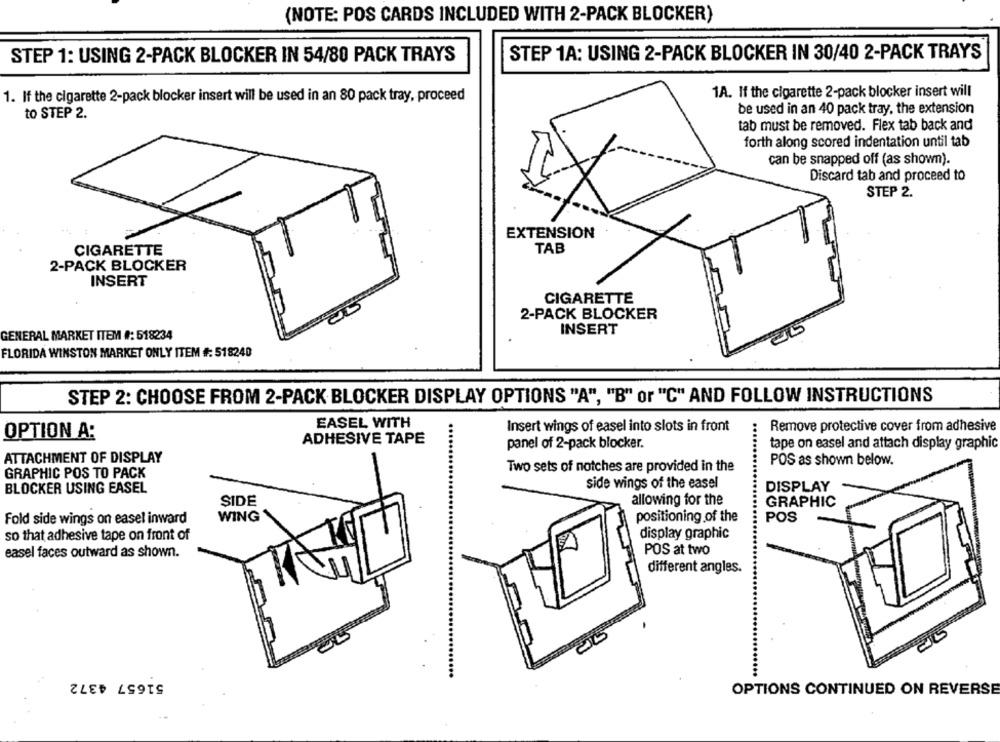
(NOTE: POS CARDS INCLUDED WITH 2-PACK BLOCKER)
STEP 1: USING 2-PACK BLOCKER IN 54/80 PACK TRAYS
STEP 1A: USING 2-PACK BLOCKER IN 30/40 2-PACK TRAYS
1A. If the cigarette 2-pack blocker insert will
1. If the cigarette 2-pack blocker insert will be used in an 80 pack tray, proceed
be used in an 40 pack tray, the extension
to STEP 2.
tab must be removed. Flex tab back and
forth along scored indentation until tab
can be snapped off (as shown).
Discard tab and proceed to
STEP 2.
EXTENSION
CIGARETTE
TAB
2-PACK BLOCKER
INSERT
CIGARETTE
2-PACK BLOCKER
INSERT
GENERAL MARKET ITEM #: 518234
FLORIDA WINSTON MARKET ONLY ITEM #: 518240
STEP 2: CHOOSE FROM 2-PACK BLOCKER DISPLAY OPTIONS "A", "B" or "C" AND FOLLOW INSTRUCTIONS
EASEL WITH
Insert wings of easel into slots in front
Remove protective cover from adhesive
OPTION A:
...
...
ADHESIVE TAPE
panel of 2-pack blocker.
tape on easel and attach display graphic
ATTACHMENT OF DISPLAY
-
Two sets of notches are provided in the
POS as shown below.
GRAPHIC POS TO PACK
BLOCKER USING EASEL
side wings of the easel
DISPLAY
SIDE
allowing for the
GRAPHIC
Fold side wings on easel inward
WING
positioning of the
POS
.......
display graphic
so that adhesive tape on front of
POS at two
easel faces outward as shown.
different angles.
51657 4372
OPTIONS CONTINUED ON REVERSE